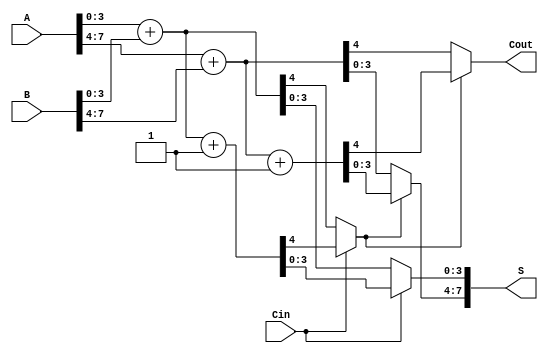
module static_carry_select_adder #(
    parameter N = 8,    // Total number of bits
    parameter M = 4     // Number of bits per block
) (
    input  wire [N-1:0] A,      // n-bit input A
    input  wire [N-1:0] B,      // n-bit input B
    input  wire Cin,             // Carry input
    output wire [N-1:0] S,       // n-bit sum output
    output wire Cout             // Carry output
);

    localparam BLOCKS = N / M;  // Number of blocks
    wire [M-1:0] S0 [0:BLOCKS-1]; // Sum outputs assuming Cin = 0
    wire [M-1:0] S1 [0:BLOCKS-1]; // Sum outputs assuming Cin = 1
    wire C0 [0:BLOCKS-1];       // Carry-out assuming Cin = 0
    wire C1 [0:BLOCKS-1];       // Carry-out assuming Cin = 1
    wire carry_out [0:BLOCKS-1]; // Intermediate carry-out after each block

    genvar i, j;
    
    // Generate each block
    generate
        for (i = 0; i < BLOCKS; i = i + 1) begin : block
            wire [M-1:0] A_segment = A[M*i +: M]; // Select block of A
            wire [M-1:0] B_segment = B[M*i +: M]; // Select block of B
            wire block_Cin = (i == 0) ? Cin : carry_out[i-1]; // Carry from previous block

            // Full Adder Logic for Cin = 0
            assign {C0[i], S0[i]} = A_segment + B_segment;

            // Full Adder Logic for Cin = 1
            assign {C1[i], S1[i]} = A_segment + B_segment + 1;

            // Determine carry_out for current block
            assign carry_out[i] = (block_Cin) ? C1[i] : C0[i];
        end
    endgenerate

    // Multiplexer to select final sum based on carry-in
    generate
        for (j = 0; j < BLOCKS; j = j + 1) begin : mux
            assign S[M*j +: M] = (j == 0) ? (Cin ? S1[j] : S0[j]) :
                                 (carry_out[j-1] ? S1[j] : S0[j]);
        end
    endgenerate

    // Final Cout is the carry out of the last block
    assign Cout = carry_out[BLOCKS-1];

endmodule